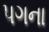
પગના